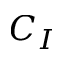
C _ { I }